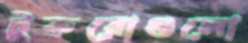
টুকরোগুলো